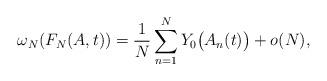
LaTeX: \begin{align*}\omega_N(F_N(A,t)) = \frac1N\sum_{n=1}^N Y_0\big(A_n(t)\big) +o(N),\end{align*}